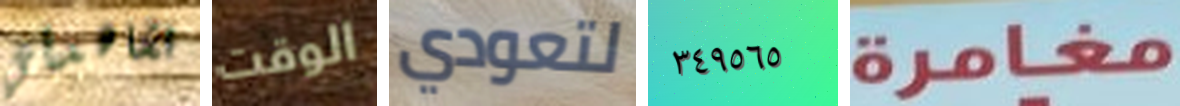
تشاهدني الوقت لتعودي ٣٤٩٥٦٥ مغامرة